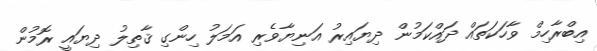
އިބްރާހިމް ވާހަކަތައް ދައްކަމުން ދިޔައިރު އަނިޔާވެރި އަމަލު ހިންގި ޤާތިލު ދިޔައީ ރޮމުން